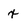
Character: x